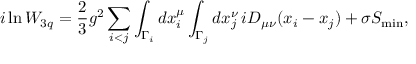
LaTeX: i \ln W _ { 3 q } = \frac { 2 } { 3 } g ^ { 2 } \sum _ { i < j } \int _ { \Gamma _ { i } } d x _ { i } ^ { \mu } \int _ { \Gamma _ { j } } d x _ { j } ^ { \nu } \, i D _ { \mu \nu } ( x _ { i } - x _ { j } ) + \sigma S _ { \operatorname * { m i n } } ,